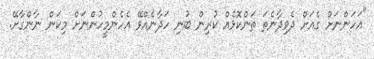
"އަހަންނަށް ގެއަށް ދެވިދާނެތަ ތަންކޮޅެއް ކުރިން ބުނި ހަދާނެއްވޭ އެހެންމީހުންނަށް މިކަން ނާންގާށޭ.